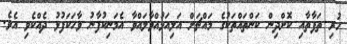
ހުރި ތަފާތާއި ކޮށްދިން ކަންތައްތަކުގެ މައްޗަށް އަލިއަޅުއްވާލައްވާ އެމަނިކުފާނު ވާހަކަފުޅު ދެއްކެވި އެވެ.